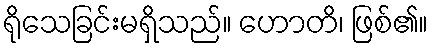
ရိုသေခြင်းမရှိသည်။ ဟောတိ၊ ဖြစ်၏။